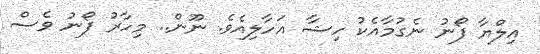
އިލްޔާ ފޯނު ނެގުމާއެކު ހިޝާ އަހާލިއެވެ. ނޫން.. މިހާރު ފޯނު ވެސް